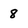
Character: 8